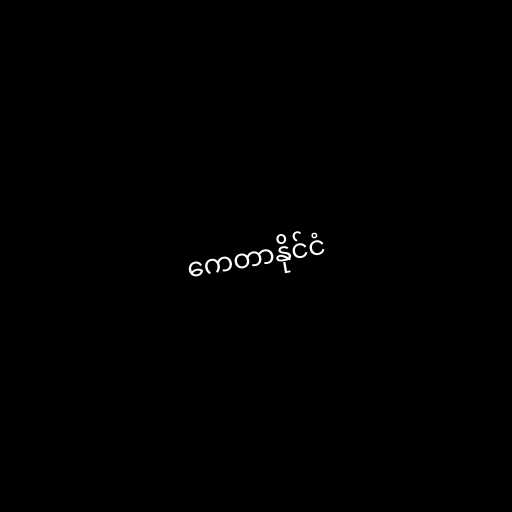
ကေတာနိုင်ငံ